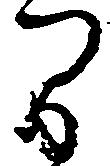
間